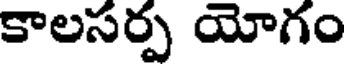
కాలసర్ప యోగం